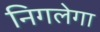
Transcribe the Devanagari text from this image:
निगलेगा